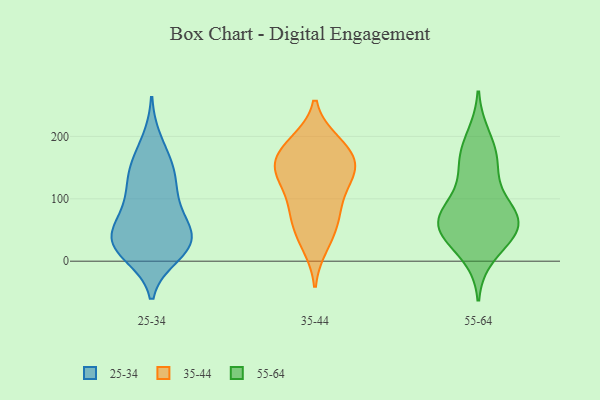
{"axis": {"x": "LTV (USD)", "y": "Value"}, "legend": ["25-34", "35-44", "55-64"], "data": [{"x": "", "y": 16, "type": "25-34"}, {"x": "", "y": 70, "type": "25-34"}, {"x": "", "y": 150, "type": "25-34"}, {"x": "", "y": 81, "type": "25-34"}, {"x": "", "y": 28, "type": "25-34"}, {"x": "", "y": 37, "type": "25-34"}, {"x": "", "y": 193, "type": "25-34"}, {"x": "", "y": 111, "type": "25-34"}, {"x": "", "y": 107, "type": "25-34"}, {"x": "", "y": 40, "type": "25-34"}, {"x": "", "y": 147, "type": "25-34"}, {"x": "", "y": 51, "type": "25-34"}, {"x": "", "y": 149, "type": "25-34"}, {"x": "", "y": 27, "type": "25-34"}, {"x": "", "y": 10, "type": "25-34"}, {"x": "", "y": 28, "type": "25-34"}, {"x": "", "y": 190, "type": "35-44"}, {"x": "", "y": 183, "type": "35-44"}, {"x": "", "y": 151, "type": "35-44"}, {"x": "", "y": 155, "type": "35-44"}, {"x": "", "y": 138, "type": "35-44"}, {"x": "", "y": 91, "type": "35-44"}, {"x": "", "y": 43, "type": "35-44"}, {"x": "", "y": 71, "type": "35-44"}, {"x": "", "y": 26, "type": "35-44"}, {"x": "", "y": 76, "type": "35-44"}, {"x": "", "y": 186, "type": "35-44"}, {"x": "", "y": 138, "type": "35-44"}, {"x": "", "y": 159, "type": "35-44"}, {"x": "", "y": 124, "type": "35-44"}, {"x": "", "y": 87, "type": "55-64"}, {"x": "", "y": 63, "type": "55-64"}, {"x": "", "y": 83, "type": "55-64"}, {"x": "", "y": 61, "type": "55-64"}, {"x": "", "y": 138, "type": "55-64"}, {"x": "", "y": 199, "type": "55-64"}, {"x": "", "y": 49, "type": "55-64"}, {"x": "", "y": 10, "type": "55-64"}, {"x": "", "y": 164, "type": "55-64"}, {"x": "", "y": 70, "type": "55-64"}, {"x": "", "y": 46, "type": "55-64"}, {"x": "", "y": 44, "type": "55-64"}, {"x": "", "y": 166, "type": "55-64"}]}